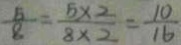
\frac { 5 } { 8 } = \frac { 5 \times 2 } { 8 \times 2 } = \frac { 1 0 } { 1 6 }